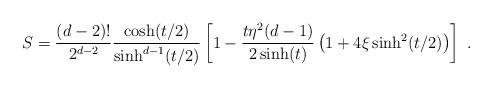
LaTeX: \begin{align*}S=\frac{(d-2)!}{2^{d-2}}\frac{\cosh(t/2)}{\sinh^{d-1}(t/2)}\left[1-\frac{t\eta^2(d-1)}{2\sinh(t)}\left(1+4\xi\sinh^2(t/2)\right)\right] \ .\end{align*}